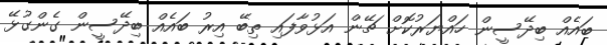
ބައެއް ބިދޭސީން ހައްޔަރުކޮށް ޗޭން އަޅުވާފައި ތިބޭ އިރު ބައެއް ބިދޭސީން ގެންގުޅޭ